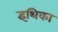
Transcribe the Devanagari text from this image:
इथिका